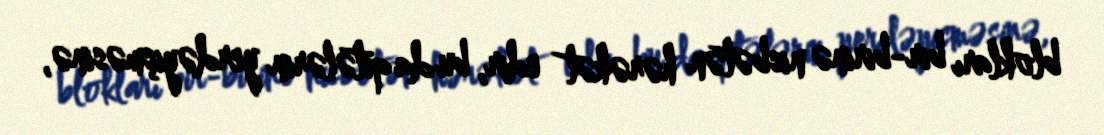
blokları bir-birinə nisbətən hərəkət edir, bu da qitələrin yerdəyişməsinə,